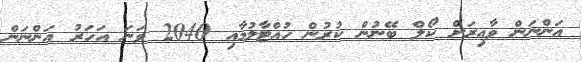
އަންނަން ވާއިރަށް ކޯލް ބޭނުން ކުރުން ހުއްޓާލުމާއި 2040 ވަނަ އަހަރު އަންނަން